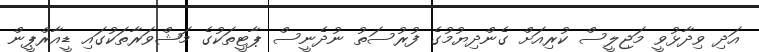
އަދި ވިދާޅުވީ މަޖިލީސް ކުރިއަށް ގެންދިޔުމުގެ ފުރުސަތު ނުދެނީސް ޕާޓީތަކުގެ މަޝްވަރާތަކުގައި ޑީއާރްޕީން